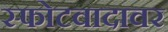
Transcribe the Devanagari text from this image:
स्फोटवादावर